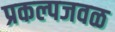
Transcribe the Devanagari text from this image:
प्रकल्पजवळ